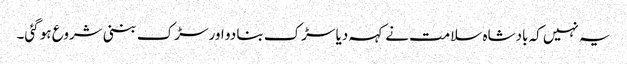
یہ نہیں کہ بادشاہ سلامت نے کہہ دیا سڑک بنا دو اور سڑک بننی شروع ہو گئی۔